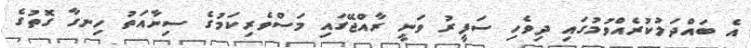
އެ ބައްދަލުކުރެއްވުމުގައި ދިވެހި ސަފީރު ވަނީ ރާއްޖޭގައި މަސްވެރިކަމުގެ ސިނާއަތު ހިނގާ ގޮތުގެ